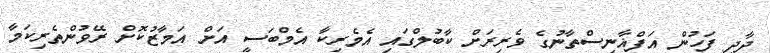
ދާދި ފަހުން އަފްޣާނިސްތާނުގެ ވެރިރަށް ކާބުލްގައި އެމެރިކާ އެމްބަސީ އަށް އަމާޒުކޮށް ރޭވުންތެރިކަމާ